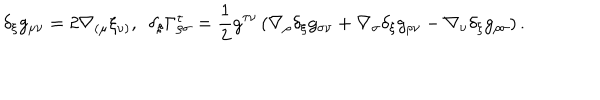
\delta _ { \xi } g _ { \mu \nu } = 2 \nabla _ { ( \mu } \xi _ { \nu ) } , \ \ \delta _ { \xi } \Gamma _ { \rho \sigma } ^ { \tau } = \frac { 1 } { 2 } g ^ { \tau \nu } \left( \nabla _ { \rho } \delta _ { \xi } g _ { \sigma \nu } + \nabla _ { \sigma } \delta _ { \xi } g _ { \rho \nu } - \nabla _ { \nu } \delta _ { \xi } g _ { \rho \sigma } \right) .